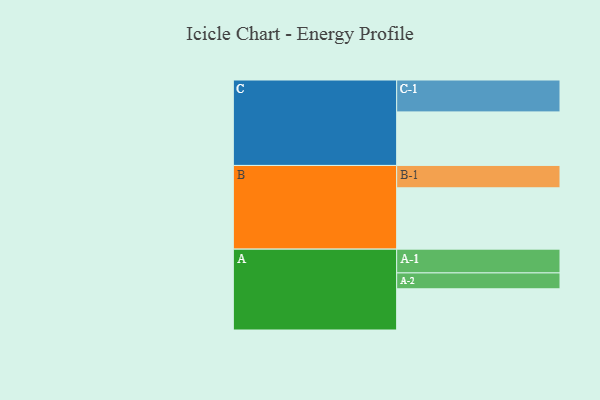
{"axis": {"x": "Segment", "y": "Value"}, "legend": ["", "A", "B", "C"], "data": [{"x": "A", "y": 350, "type": ""}, {"x": "B", "y": 521, "type": ""}, {"x": "C", "y": 455, "type": ""}, {"x": "A-1", "y": 202, "type": "A"}, {"x": "A-2", "y": 135, "type": "A"}, {"x": "B-1", "y": 190, "type": "B"}, {"x": "C-1", "y": 271, "type": "C"}]}